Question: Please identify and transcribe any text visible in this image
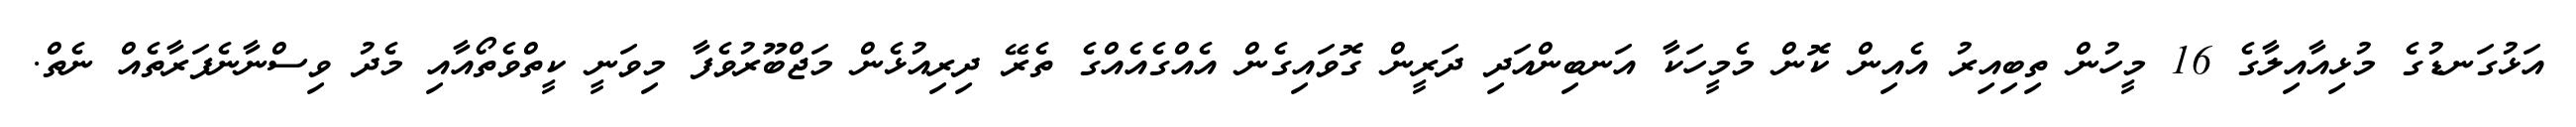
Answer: އަޅުގަނޑުގެ މުޅިއާއިލާގެ 16 މީހުން ތިބިއިރު އެއިން ކޮން މެމީހަކާ އަނބިންއަދި ދަރީން ގޮވައިގެން އެއްގެއެއްގެ ތެރޭ ދިރިއުޅެން މަޖްބޫރުވެފާ މިވަނީ ކީތްވެތޯއާއި މެދު ވިސްނާނެފަރާތެއް ނެތް.